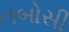
તબોસી